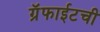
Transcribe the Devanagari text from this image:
ग्रॅफाईटची